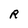
Character: R